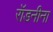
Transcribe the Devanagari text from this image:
रॉडनीना